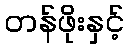
တန်ဖိုးနှင့်